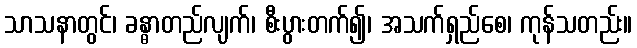
သာသနာတွင်၊ ခန္ဓာတည်လျက်၊ စီးပွားတက်၍၊ အသက်ရှည်စေ၊ ကုန်သတည်း။